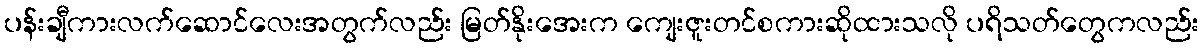
ပန်းချီကားလက်ဆောင်လေးအတွက်လည်း မြတ်နိုးအေးက ကျေးဇူးတင်စကားဆိုထားသလို ပရိသတ်တွေကလည်း